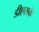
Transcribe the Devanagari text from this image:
डीएसके